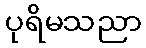
ပုရိမသညာ